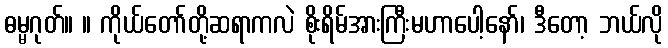
ဓမ္မဂုတ်။ ။ ကိုယ်တော်တို့ဆရာကလဲ စိုးရိမ်အားကြီးမဟာပေါ့နော်၊ ဒီတော့ ဘယ်လို